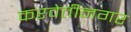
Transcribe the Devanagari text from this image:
करवेतीनगर